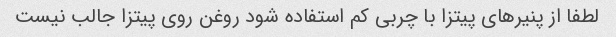
لطفا از پنیرهای پیتزا با چربی کم استفاده شود روغن روی پیتزا جالب نیست